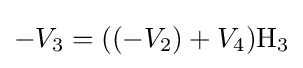
-V_{3}=((-V_{2})+V_{4})\mathrm {H_{3}}